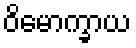
ဝိမောက္ခာယ